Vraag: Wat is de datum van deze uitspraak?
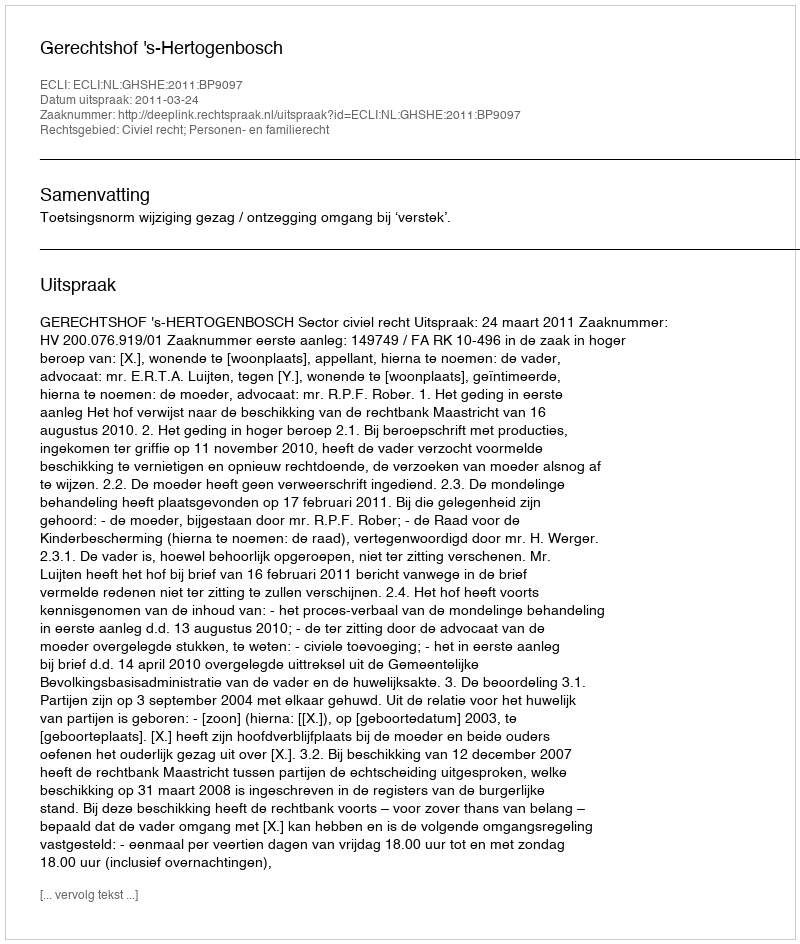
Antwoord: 2011-03-24